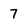
Character: 7